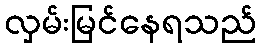
လှမ်းမြင်နေရသည်